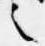
之